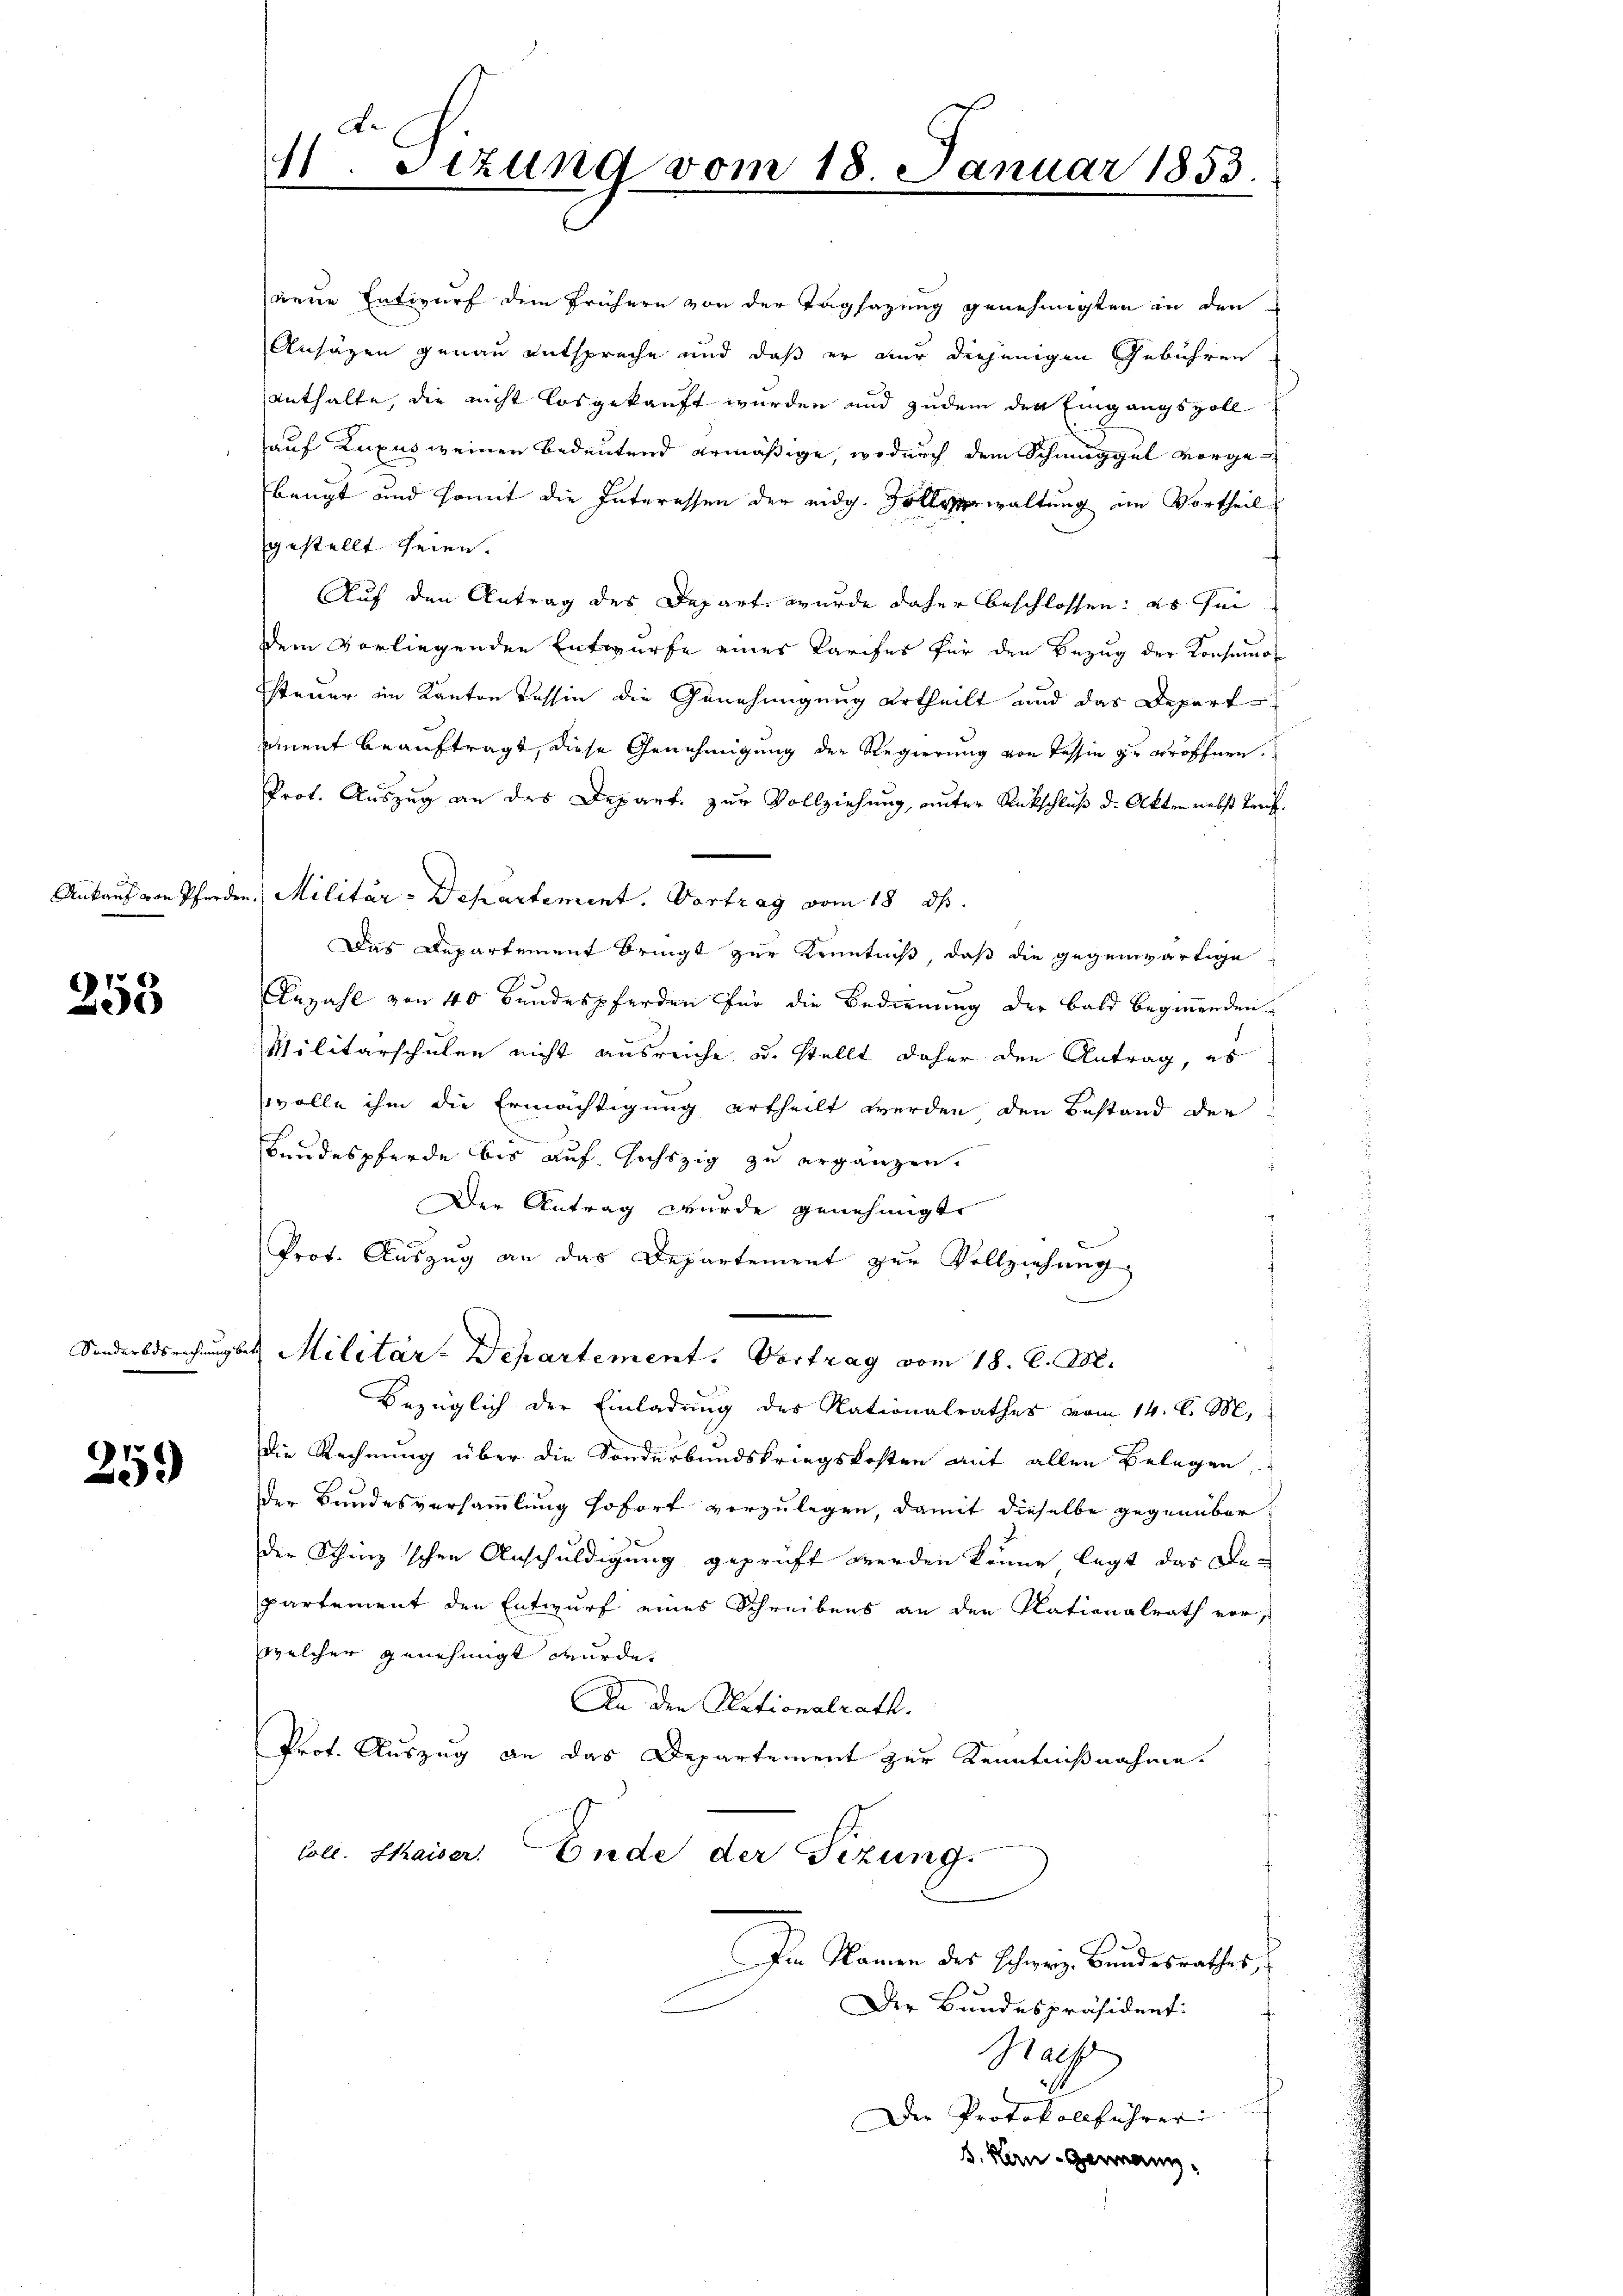
253

Sonderbesrechnung

25.)

gestellt seien.
wolle ihm die Ermächtigung ertheilt werden den Bestand der
f
bundespferde bis auf höchszig zu ergänzen.
Der Antrag wurde genehmigt.
Prot. Auszug an das Departement zur Vollziehung
das Militär-Departement. Vortrag vom 18. d. M.
Bezüglich der Einladung des Nationalrathes vom 14. d. M.
Die Rechnung über die Sonderbundskriegskosten mit allen Belegen,
der Bundesversammlung sofort vorzulegen, damit dieselbe gegenüberder Schinz’schen Anschuldigung geprüft werden könne legt das Be-
partement den Entwurf eines Schreibens an den Nationalrath vor,
welcher genehmigt wurde.
An den Nationalrath.
Prot. Auszug an das Departement zur Kenntnißnahme.
Coll. Chaiser. Ende der Sizung.
Im Namen des Schweiz Bundesrathes,
Der Bundespräsidenti
Praes
s
Der Protokollführer
B. Hen-Germann,

1
sizung vom 18 Januar 1853.
3.

neue Entwurf dem frühern von der Tagsazung genehmigten in den
Ansagen genau entspreche und daß er nur diejenigen Gebühren
enthalte, die nicht losgekauft wurden und zudem den Eingangszoll
auf Luxus weinen bedeutend ermäßige, wodurch dem Schmuggel vorgebeugt und somit die Interessen der eidg. Zollverwaltung im Vortheil
Auf den Antrag des Depart wurde daher beschlossen: es sei
dem vorliegenden Entwurfe eines Tarifes für den Bezug der Konsumosteuer im Kanton Tessin die Genehmigung urtheilt und das Depart
ement beauftragt, diese Genehmigung der Regierung von Tessin zu eröffnen.
Prot. Auszug an das Depart. zur Vollziehung, unter Rükschluß d. Akten nebst Tarif¬
Ankauf von Pferden. Militär-Departement. Vortrag vom 18. ds.
Das Departement bringt zur Kenntniß, daß die gegenwärtige
Anzahl von 40 Bundespferden für die Bedienung der Bald beginnenden
Militärschulen nicht ausreiche u. stellt daher den Antrag, es